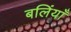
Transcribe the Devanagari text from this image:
बलिंयाँ